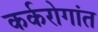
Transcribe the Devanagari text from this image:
कर्करोगांत